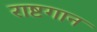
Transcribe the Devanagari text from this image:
राष्टगान